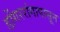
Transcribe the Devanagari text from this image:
डोंगररांगापासून